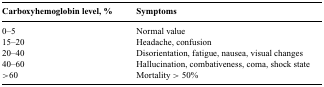
<table><thead><tr><td><b>Carboxyhemoglobin level, %</b></td><td><b>Symptoms</b></td></tr></thead><tbody><tr><td>0–5</td><td>Normal value</td></tr><tr><td>15–20</td><td>Headache, confusion</td></tr><tr><td>20–40</td><td>Disorientation, fatigue, nausea, visual changes</td></tr><tr><td>40–60</td><td>Hallucination, combativeness, coma, shock state</td></tr><tr><td>&gt;60</td><td>Mortality &gt; 50%</td></tr></tbody></table>